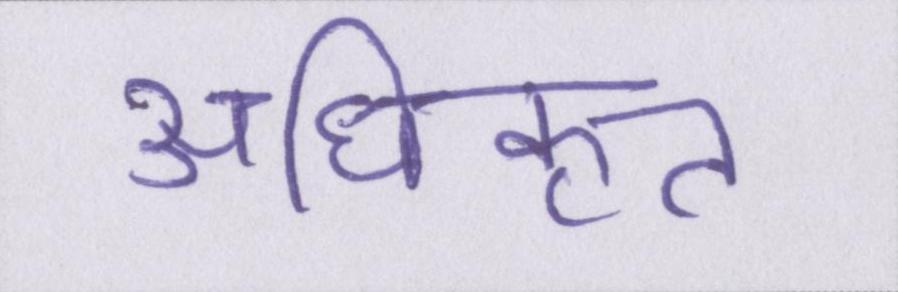
अधिकृत